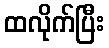
ထလိုက်ပြီး